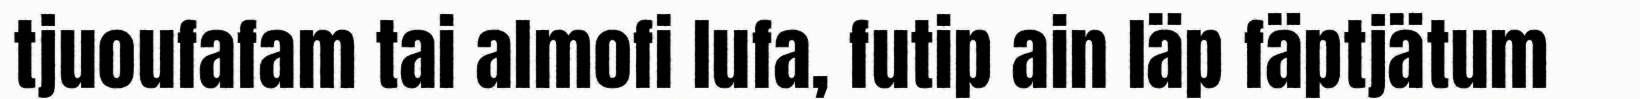
tjuoufafam tai almofi lufa, futip ain läp fäptjätum